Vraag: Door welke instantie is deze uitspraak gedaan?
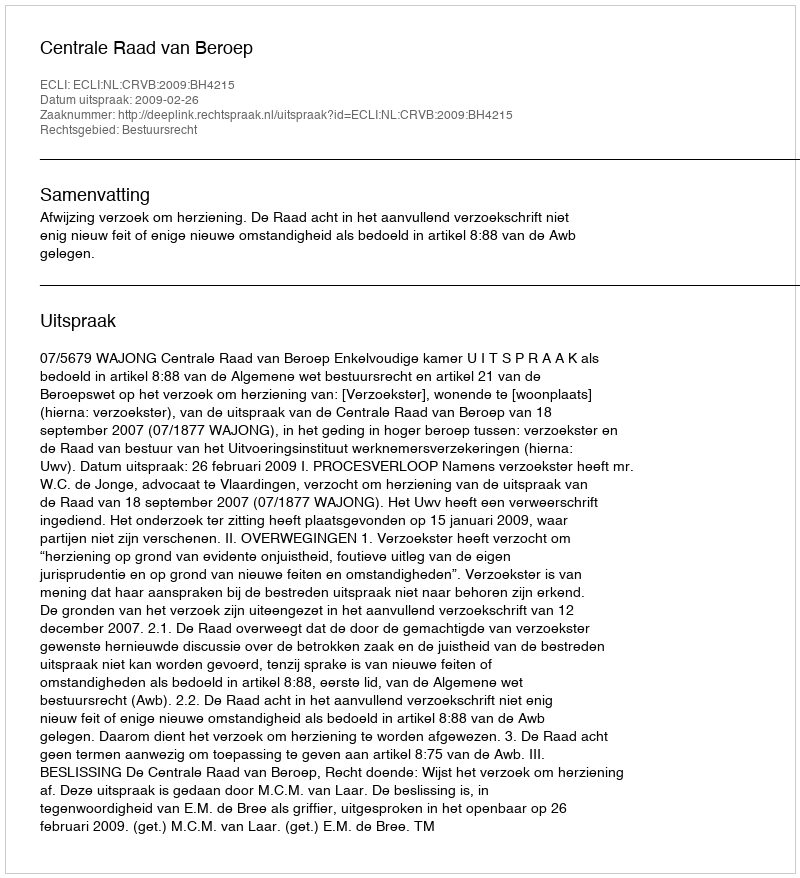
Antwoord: Centrale Raad van Beroep